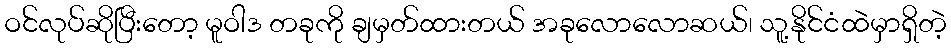
ဝင်လုပ်ဆိုပြီးတော့ မူဝါဒ တခုကို ချမှတ်ထားတယ် အခုလောလောဆယ်၊ သူ့နိုင်ငံထဲမှာရှိတဲ့